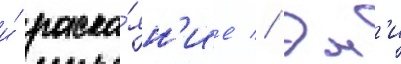
и́ раска́ян'ие // Эм'и